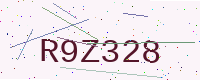
Text: R9Z328